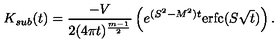
K _ { s u b } ( t ) = \frac { - V } { 2 ( 4 \pi t ) ^ { \frac { m - 1 } 2 } } \left( e ^ { ( S ^ { 2 } - M ^ { 2 } ) t } \mathrm { e r f c } ( S \sqrt t ) \right) .